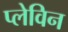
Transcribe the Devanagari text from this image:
प्लेविन